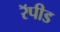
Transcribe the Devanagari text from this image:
रॅपीड